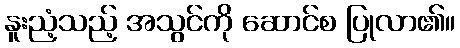
နူးညံ့သည့် အသွင်ကို ဆောင်စ ပြုလာ၏။